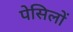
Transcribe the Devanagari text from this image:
पेसिलों